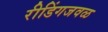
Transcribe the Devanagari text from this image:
रीडिंगजवळ